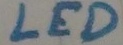
Text: LED